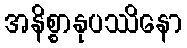
အနိစ္စာနုပဿိနော